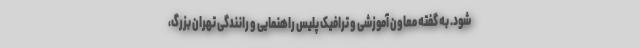
شود. به گفته معاون آموزشی و ترافیک پلیس راهنمایی و رانندگی تهران بزرگ،